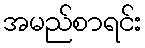
အမည်စာရင်း